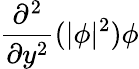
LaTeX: \frac{\partial^{2}}{\partial y^{2}}(|\phi|^{2})\phi